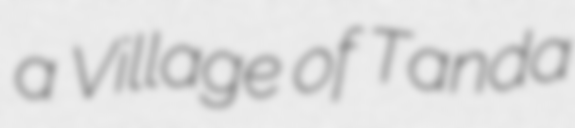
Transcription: a Village of Tanda